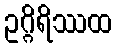
ဥဂ္ဂိရိဿထ